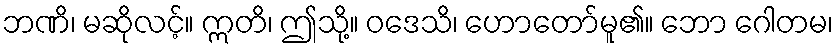
ဘဏိ၊ မဆိုလင့်။ ဣတိ၊ ဤသို့။ ဝဒေသိ၊ ဟောတော်မူ၏။ ဘော ဂေါတမ၊